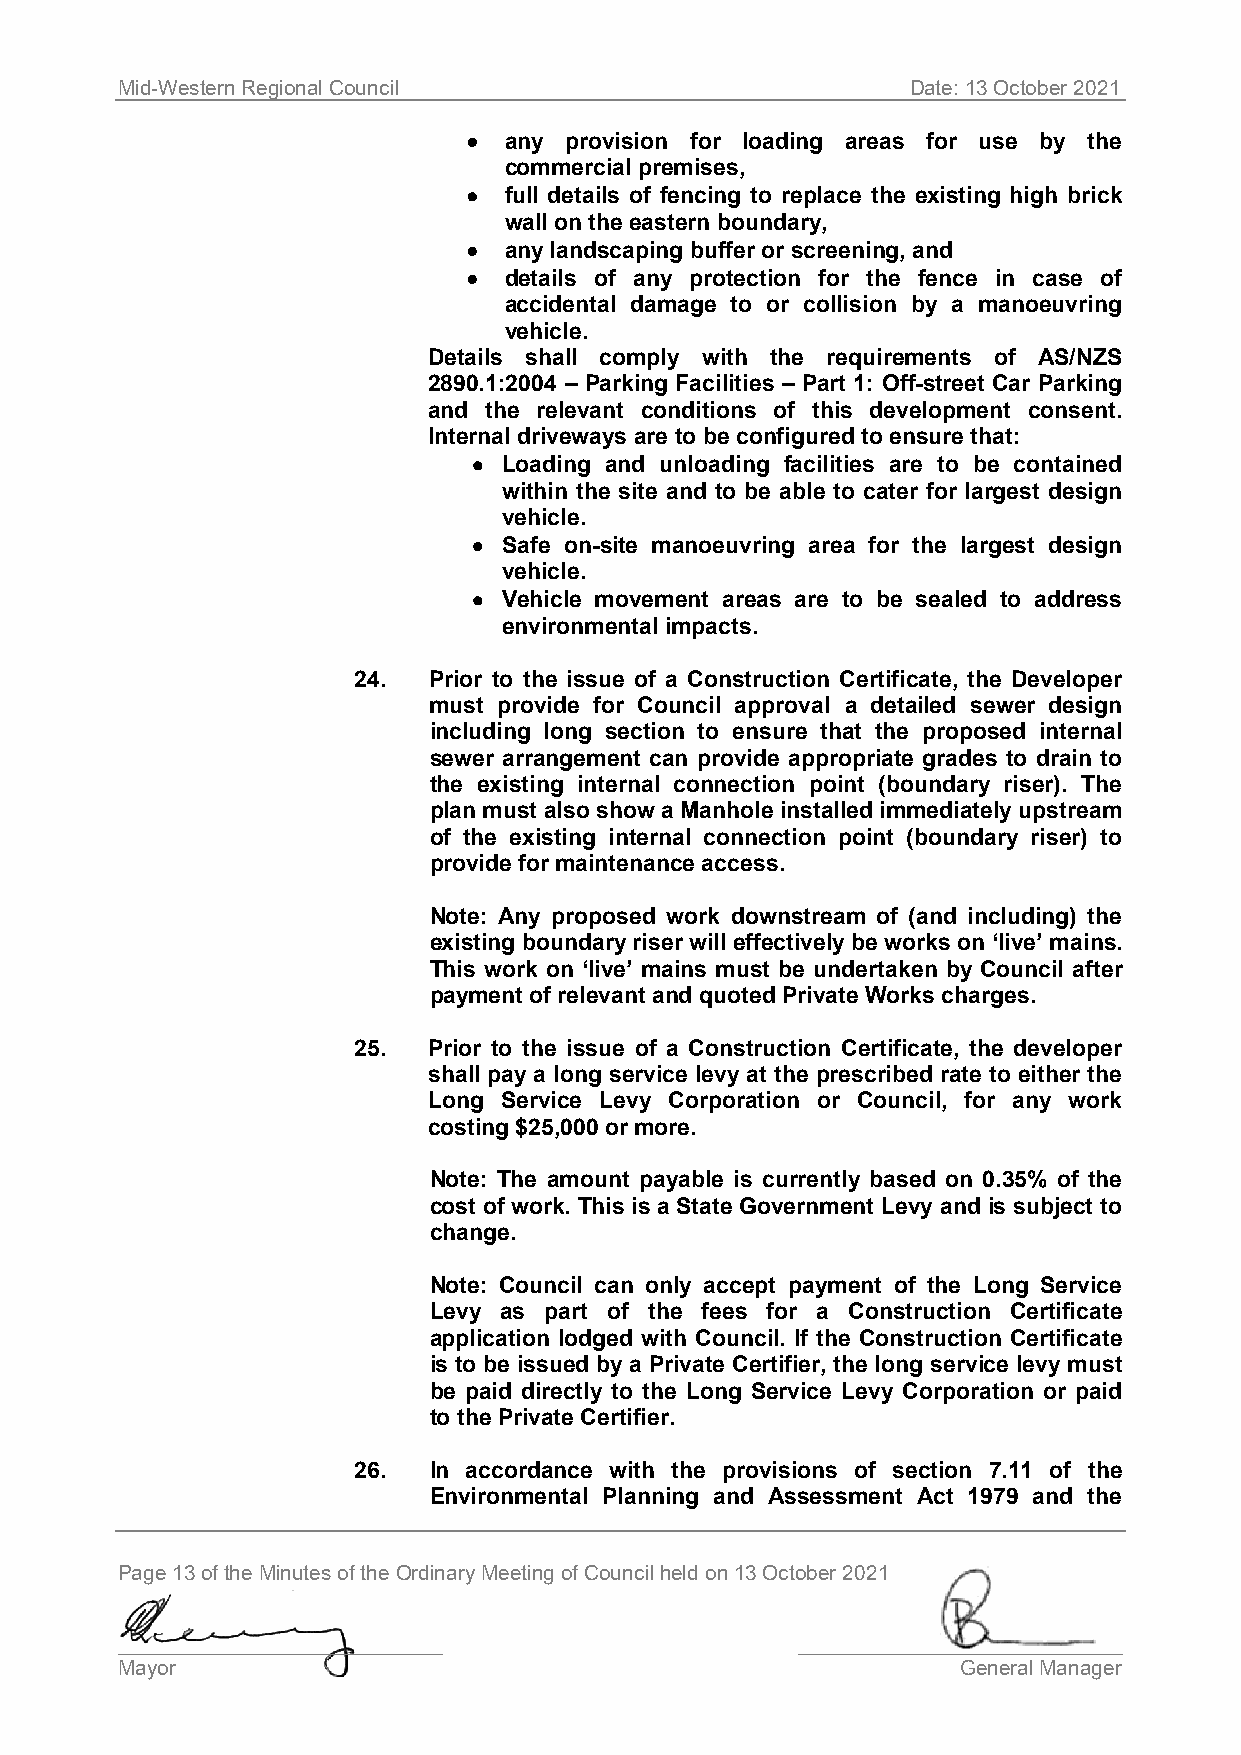
Mid-Western Regional Council                        Date: 13 October 2021
 • any provision for loading areas for use by the
 commercial premises,
 • full details of fencing to replace the existing high brick
 wall on the eastern boundary,
 • any landscaping buffer or screening, and
 • details of any protection for the fence in case of
 accidental damage to or collision by a manoeuvring
 vehicle.
 Details shall comply with the requirements of AS/NZS
 2890.1:2004 – Parking Facilities – Part 1: Off-street Car Parking
 and the relevant conditions of this development consent.
 Internal driveways are to be configured to ensure that:
 • Loading and unloading facilities are to be contained
 within the site and to be able to cater for largest design
 vehicle.
 • Safe on-site manoeuvring area for the largest design
 vehicle.
 • Vehicle movement areas are to be sealed to address
 environmental impacts.
 24.  Prior to the issue of a Construction Certificate, the Developer
 must provide for Council approval a detailed sewer design
 including long section to ensure that the proposed internal
 sewer arrangement can provide appropriate grades to drain to
 the existing internal connection point (boundary riser). The
 plan must also show a Manhole installed immediately upstream
 of the existing internal connection point (boundary riser) to
 provide for maintenance access.
 Note: Any proposed work downstream of (and including) the
 existing boundary riser will effectively be works on ‘live’ mains.
 This work on ‘live’ mains must be undertaken by Council after
 payment of relevant and quoted Private Works charges.
 25.  Prior to the issue of a Construction Certificate, the developer
 shall pay a long service levy at the prescribed rate to either the
 Long Service Levy Corporation or Council, for any work
 costing $25,000 or more.
 Note: The amount payable is currently based on 0.35% of the
 cost of work. This is a State Government Levy and is subject to
 change.
 Note: Council can only accept payment of the Long Service
 Levy as part of the fees for a Construction Certificate
 application lodged with Council. If the Construction Certificate
 is to be issued by a Private Certifier, the long service levy must
 be paid directly to the Long Service Levy Corporation or paid
 to the Private Certifier.
 26.  In accordance with the provisions of section 7.11 of the
 Environmental Planning and Assessment Act 1979 and the
 Page 13 of the Minutes of the Ordinary Meeting of Council held on 13 October 2021
 ____________________________                 ____________________________
 Mayor                                                   General Manager